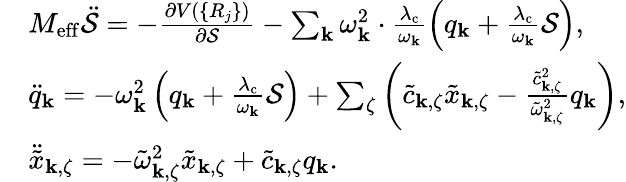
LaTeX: \begin{array}{rl}&{M_{\mathrm{eff}}\ddot{\mathcal{S}}=-\frac{\partial V(\{ R_{j}\} )}{\partial\mathcal{S}}-\sum_{\mathbf{k}}\omega_{\mathbf{k}}^{2}\cdot\frac{\lambda_{\mathrm{c}}}{\omega_{\mathbf{k}}}\left(q_{\mathrm{\mathbf{k}}}+\frac{\lambda_{\mathrm{c}}}{\omega_{\mathbf{k}}}\mathcal{S}\right),}\\ &{\ddot{q}_{\mathrm{\mathbf{k}}}=-\omega_{\mathbf{k}}^{2}\left(q_{\mathrm{\mathbf{k}}}+\frac{\lambda_{\mathrm{c}}}{\omega_{\mathbf{k}}}\mathcal{S}\right)+\sum_{\zeta}\left(\tilde{c}_{\mathbf{k},\zeta}\tilde{x}_{\mathbf{k},\zeta}-\frac{\tilde{c}_{\mathbf{k},\zeta}^{2}}{\tilde{\omega}_{\mathbf{k},\zeta}^{2}}q_{\mathrm{\mathbf{k}}}\right),}\\ &{\ddot{\tilde{x}}_{\mathbf{k},\zeta}=-\tilde{\omega}_{\mathbf{k},\zeta}^{2}\tilde{x}_{\mathbf{k},\zeta}+\tilde{c}_{\mathbf{k},\zeta}q_{\mathrm{\mathbf{k}}}.}\end{array}